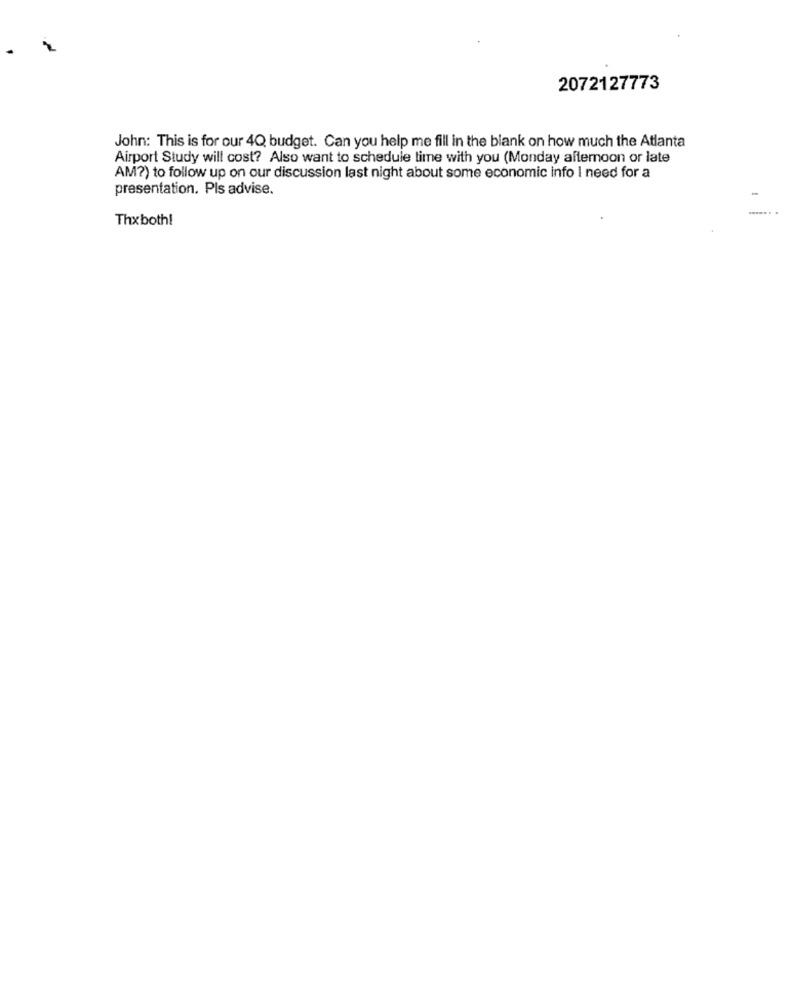
2072127773
John: This is for our 4Q budget. Can you help me fill in the blank on how much the Atlanta
Airport Study will cost? Also want to schedule time with you (Monday afternoon or late
AM?) to follow up on our discussion last night about some economic info I need for a
presentation. Pls advise.
Thxboth!